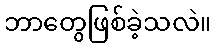
ဘာတွေဖြစ်ခဲ့သလဲ။